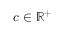
c \in \mathbb { R } ^ { + }